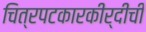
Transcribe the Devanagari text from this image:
चित्रपटकारकीर्दीची